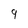
Character: 9